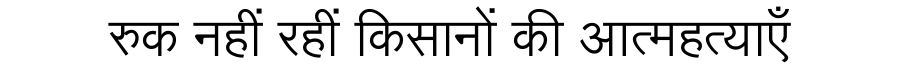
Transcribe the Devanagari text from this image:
रुक नहीं रहीं किसानों की आत्महत्याएँ